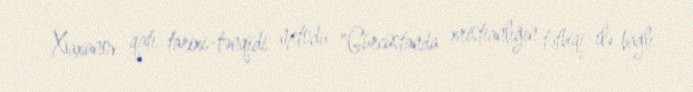
Xaxanov qatı tarixi-tənqidi metodu "Gürcüstanda xristianlığın tətbiqi ilə bağlı